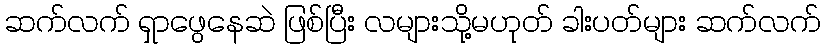
ဆက်လက် ရှာဖွေနေဆဲ ဖြစ်ပြီး လများသို့မဟုတ် ခါးပတ်များ ဆက်လက်